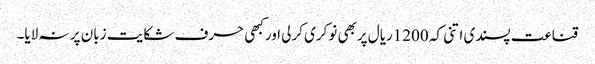
قناعت پسندی اتنی کہ 1200ریال پربھی نوکری کرلی اورکبھی حرف شکایت زبان پر نہ لایا۔